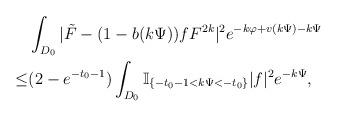
LaTeX: \begin{align*}&\int_{D_0}|\tilde F-(1-b(k\Psi))fF^{2k}|^2e^{-k\varphi+v(k\Psi)-k\Psi}\\\le&(2-e^{-t_0-1})\int_{D_0}\mathbb{I}_{\{-t_0-1<k\Psi<-t_0\}}|f|^2e^{-k\Psi},\end{align*}